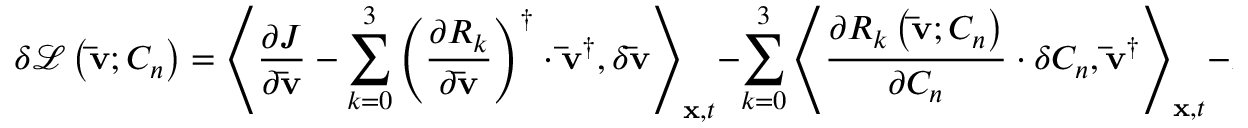
\delta \mathcal { L } \left( { { \bf { \bar { v } } } ; { C _ { n } } } \right) = { \left\langle { \frac { { \partial J } } { { \partial { \bf { \bar { v } } } } } - \sum _ { k = 0 } ^ { 3 } { { { \left( { \frac { { \partial { R _ { k } } } } { { \partial { \bf { \bar { v } } } } } } \right) } ^ { \dag } } \cdot { { { \bf { \bar { v } } } } ^ { \dag } } } , \delta { \bf { \bar { v } } } } \right\rangle _ { { \bf { x } } , t } } - \sum _ { k = 0 } ^ { 3 } { { { \left\langle { \frac { { \partial { R _ { k } } \left( { { \bf { \bar { v } } } ; { C _ { n } } } \right) } } { { \partial { C _ { n } } } } \cdot \delta { C _ { n } } , { { { \bf { \bar { v } } } } ^ { \dag } } } \right\rangle } _ { { \bf { x } } , t } } } - B T ,